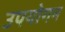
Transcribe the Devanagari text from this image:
उपयोगन